Annual administration report of the Civil Veterinary Department of India - 1893-1894
Year: 1893
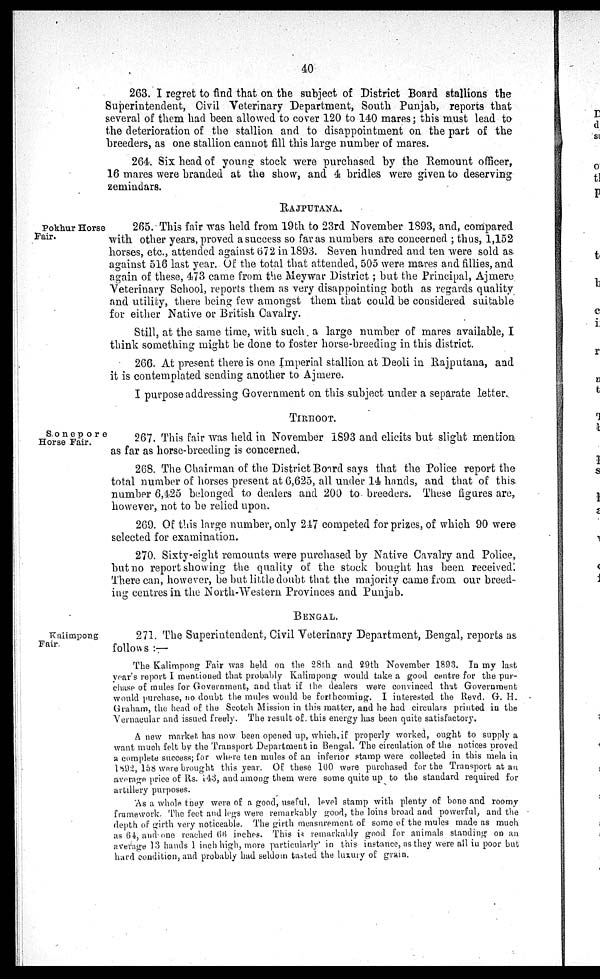
40
263. I regret to find that on the subject of District Board stallions the
Superintendent, Civil Veterinary Department, South Punjab, reports that
several of them had been allowed to cover 120 to 140 mares; this must lead to
the deterioration of the stallion and to disappointment on the part of the
breeders, as one stallion cannot fill this large number of mares.
264. Six head of young stock were purchased by the Remount officer,
16 mares were branded at the show, and 4 bridles were given to deserving
zemindars.
RAJPUTANA.
Pokhur Horse
Fair.
265. This fair was held from 19th to 23rd November 1893, and, compared
with other years, proved a success so far as numbers are concerned; thus, 1,152
horses, etc., attended against 672 in 1893. Seven hundred and ten were sold as
against 516 last year. Of the total that attended, 505 were mares and fillies, and
again of these, 473 came from the Meywar District; but the Principal, Ajmere
Veterinary School, reports them as very disappointing both as regards quality
and utility, there being few amongst them that could be considered suitable
for either Native or British Cavalry.
Still, at the same time, with such a large number of mares available, I
think something might be done to foster horse-breeding in this district.
266. At present there is one Imperial stallion at Deoli in Rajputana, and
it is contemplated sending another to Ajmere.
I purpose addressing Government on this subject under a separate letter.
TIRHOOT.
Sonepore
Horse Fair.
267. This fair was held in November 1893 and elicits but slight mention
as far as horse-breeding is concerned.
268. The Chairman of the District Board says that the Police report the
total number of horses present at 6,625, all under 14 hands, and that of this
number 6,425 belonged to dealers and 200 to breeders. These figures are,
however, not to be relied upon.
269. Of this large number, only 247 competed for prizes, of which 90 were
selected for examination.
270. Sixty-eight remounts were purchased by Native Cavalry and Police,
but no report showing the quality of the stock bought has been received.
There can, however, be but little doubt that the majority came from our breed-
ing centres in the North-Western Provinces and Punjab.
BENGAL.
Kalimpong
Fair.
271. The Superintendent, Civil Veterinary Department, Bengal, reports as
follows:—
The Kalimpong Fair was held on the 28th and 29th November 1893. In my last
years report I mentioned that probably Kalimpong would take a good centre for the pur-
chase of mules for Government, and that if the dealers were convinced that Government
would purchase, no doubt the mules would be forthcoming. I interested the Revd. G. H.
Graham, the head of the Scotch Mission in this matter, and he had circulars printed in the
Vernacular and issued freely. The result of this energy has been quite satisfactory.
A new market has now been opened up, which, if properly worked, ought to supply a
want much felt by the Transport Department in Bengal. The circulation of the notices proved
a complete success; for where ten mules of an inferior stamp were collected in this mela in
1892, 158 were brought this year. Of these 100 were purchased for the Transport at an
average price of Rs. 143, and among them were some quite up to the standard required for
artillery purposes.
As a whole they were of a good, useful, level stamp with plenty of bone and roomy
framework. The feet and legs were remarkably good, the loins broad and powerful, and the
depth of girth very noticeable. The girth measurement of some of the mules made as much
as 64, and one reached 66 inches. This is remarkably good for animals standing on an
average 13 hands 1 inch high, more particularly in this instance, as they were all in poor but
hard condition, and probably had seldom tasted the luxury of grain.